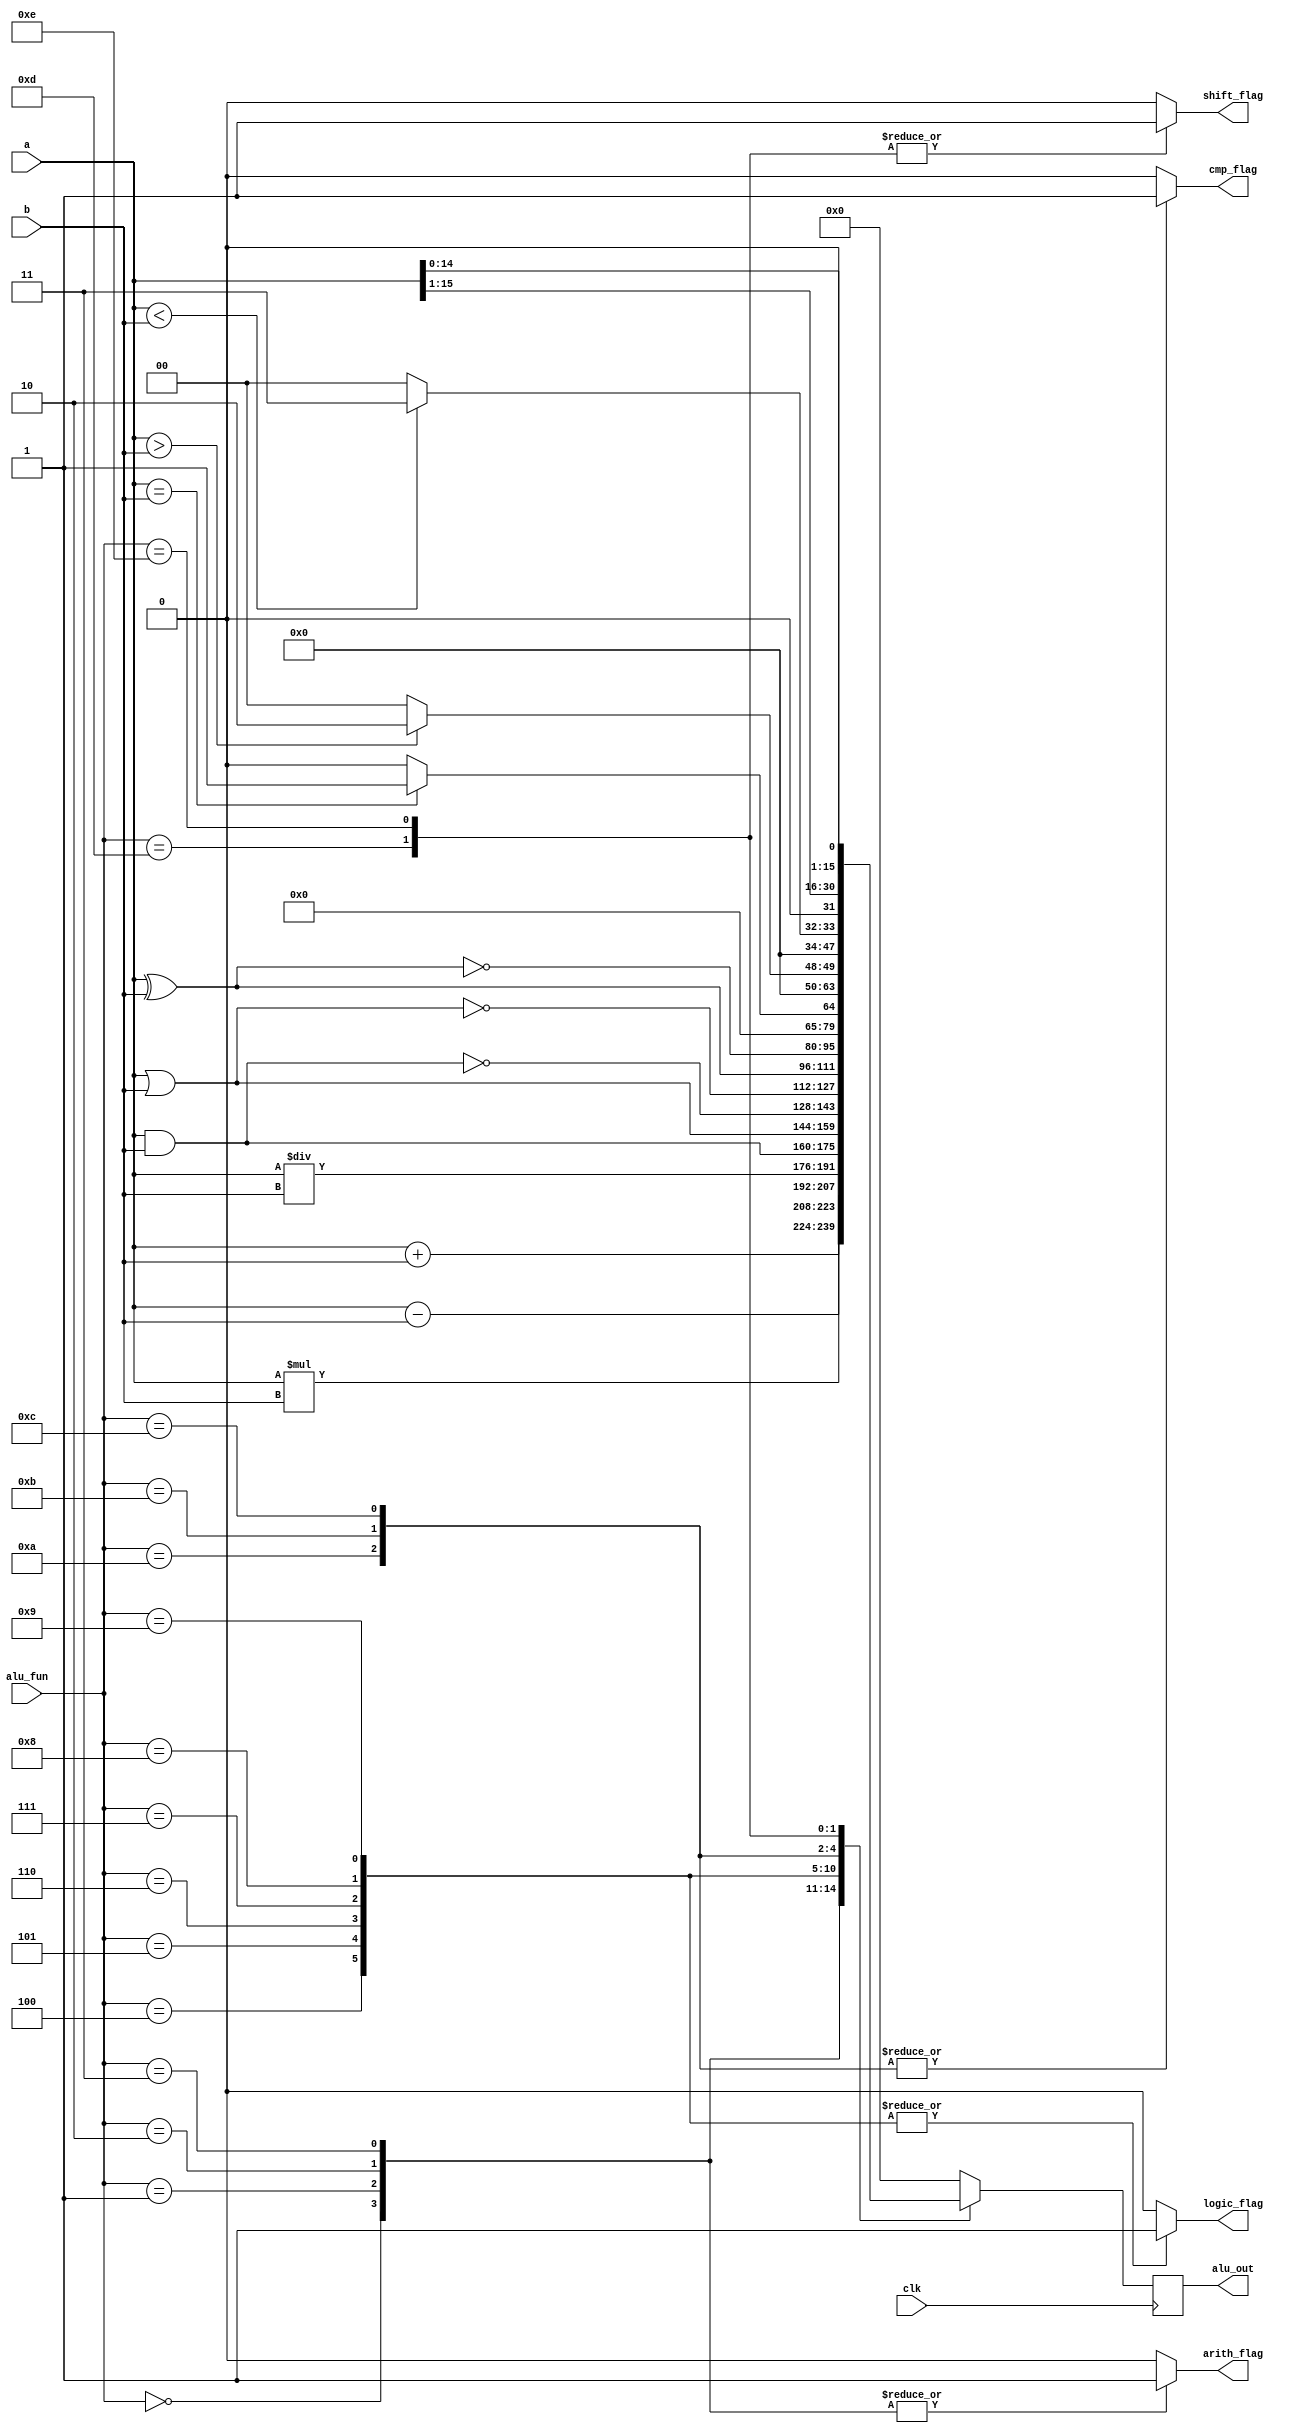
module bit16_alu(
    input [15:0]a,b,
    input [3:0]alu_fun,
    input clk,
    output reg [15:0]alu_out,
    output reg arith_flag,logic_flag,cmp_flag,shift_flag
);

reg [15:0]alu_out_reg;


always @(posedge clk ) begin
    alu_out<=alu_out_reg;
end


always @(*) begin
    arith_flag=0;
    logic_flag=0;
    cmp_flag=0;
    shift_flag=0;
    case (alu_fun)
        4'b0000:begin
            alu_out_reg=a+b;
            arith_flag=1'b1;
        end
        4'b0001:begin
            alu_out_reg=a-b;
            arith_flag=1'b1;
        end
        4'b0010:begin
            alu_out_reg=a*b;
            arith_flag=1'b1;
        end
        4'b0011:begin
            alu_out_reg= a / b;
            arith_flag=1'b1;
        end
        4'b0100:begin
            alu_out_reg= a & b;
            logic_flag=1'b1;
        end
        4'b0101:begin
            alu_out_reg= a | b;
            logic_flag=1'b1;
        end
        4'b0110:begin
            alu_out_reg= ~(a & b);
            logic_flag=1'b1;
        end
        4'b0111:begin
            alu_out_reg=~(a | b);
            logic_flag=1'b1;
        end
        4'b1000:begin
            alu_out_reg=(a ^ b);
            logic_flag=1'b1;
        end
        4'b1001:begin
            alu_out_reg=~(a ^ b);
            logic_flag=1'b1;
        end
        4'b1010:begin
            cmp_flag=1'b1;
            if(a==b)
            alu_out_reg=16'd1;
            else
            alu_out_reg=16'd0;
        end
        4'b1011:begin
            cmp_flag=1'b1;
            if(a>b)
            alu_out_reg=16'd2;
            else
            alu_out_reg=16'd0;
        end
        4'b1100:begin
            cmp_flag=1'b1;
            if(a<b)
            alu_out_reg=16'd3;
            else
            alu_out_reg=16'd0;
        end
        4'b1101:begin
            alu_out_reg= a>>1'b1;
            shift_flag=1'b1;
        end
        4'b1110:begin
            alu_out_reg = a<<1'b1;
            shift_flag=1'b1;
        end
        default:begin
            arith_flag=1'b0;
            logic_flag=1'b0;
            cmp_flag=1'b0;
            shift_flag=1'b0;
            alu_out_reg=16'd0; 
        end
        
    endcase
end
endmodule